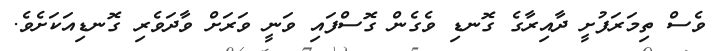
ވެސް ތިމަރަފުށީ ދާއިރާގެ ގޮނޑި ވެގެން ގޮސްފައި ވަނީ ވަރަށް ވާދަވެރި ގޮނޑިއަކަށެވެ.